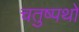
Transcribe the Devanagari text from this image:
चतुष्पथों